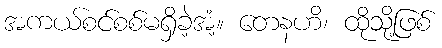
အကယ်စင်စစ်မရှိခဲ့အံ့။ တေနဟိ၊ ထိုသို့ဖြစ်